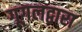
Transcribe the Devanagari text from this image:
गूगलद्वारा